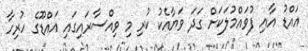
އައްޑު އާއި ފުވައްމުލަކަށް ގަދަ ވަޔާއެކު ކުރި މި ވިއްސާރައިގައި އައްޑޫގެ ހުރިހާ